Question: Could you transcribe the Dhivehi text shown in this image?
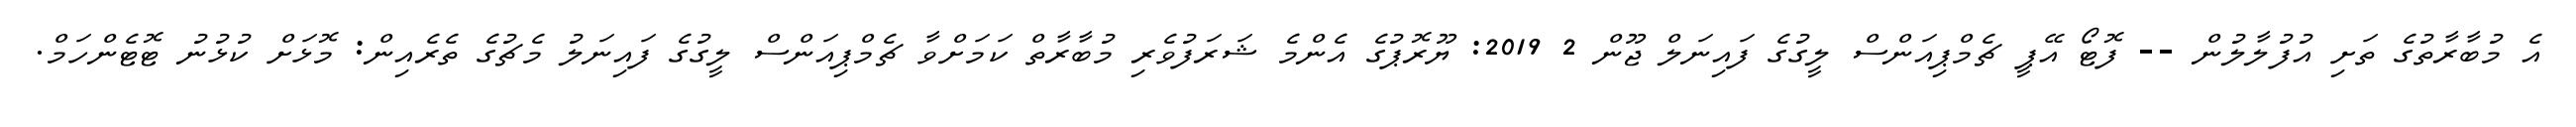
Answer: އެ މުބާރާތުގެ ތަށި އުފުލާލުން -- ފޮޓޯ އޭޕީ ޗެމްޕިއަންސް ލީގުގެ ފައިނަލް ޖޫން 2 2019: ޔޫރޮޕުގެ އެންމެ ޝަރަފުވެރި މުބާރާތް ކަމަށްވާ ޗެމްޕިއަންސް ލީގުގެ ފައިނަލު މެޗުގެ ތެރެއިން: މޮޅަށް ކުޅުނު ޓޮޓެންހަމް.